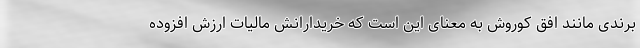
برندی مانند افق کوروش به معنای این است که خریدارانش مالیات ارزش افزوده